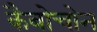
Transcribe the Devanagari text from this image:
कैबोचोन